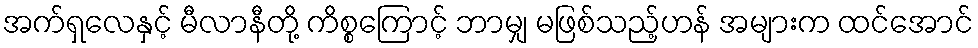
အက်ရှလေနှင့် မီလာနီတို့ ကိစ္စကြောင့် ဘာမျှ မဖြစ်သည့်ဟန် အများက ထင်အောင်